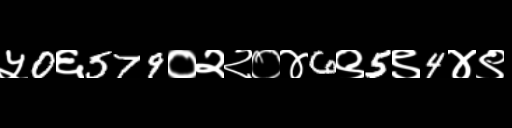
Text: ५0६579०२२०४6९5९4४९